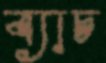
ব্যাচ